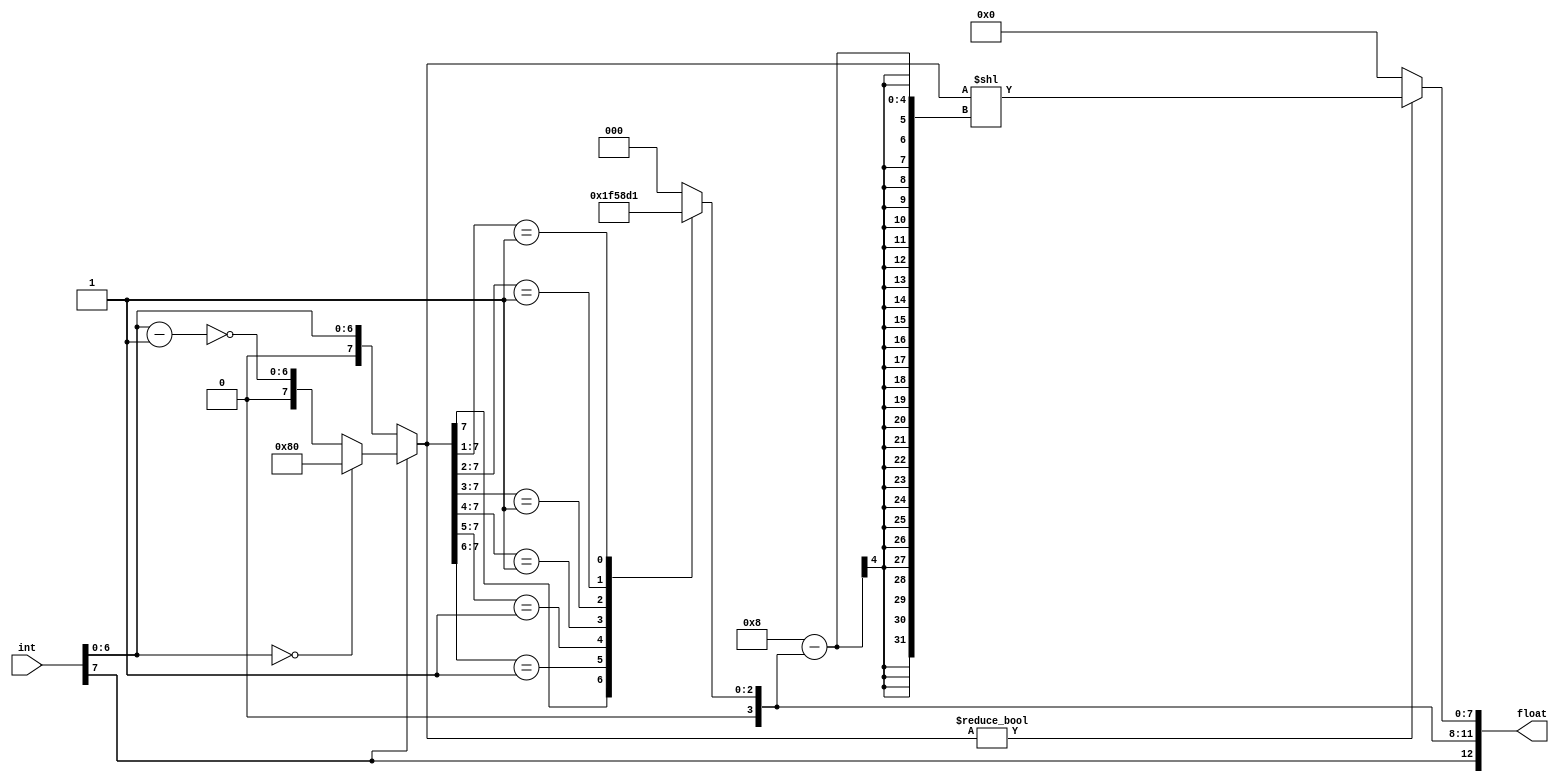
module int_to_float(
    input [7:0] int,          //8 bit signed integer
    output reg [12:0] float   //13 bit floating point number
    );
    
    reg [7:0] int_mag; //magnitude of int, exludes sign that is MSB
    
    reg [3:0] significant_bit; //bit location of most significant 1 in int
    
    always @*
    begin
        float[12] = int[7]; //assign sign bit to MSB
        
        //find magnitude of integer by converting from 2's complement if negative
        if(int[7]) //if integer is negative, convert from 2's complement
            begin
                if(int[6:0] == 0) //if -128, set mag to 128 with 8th bit
                    int_mag = 8'b10000000;
                else              //otherwise, subtract by 1 bit and invert from 2's complement
                    int_mag = {0, ~(int[6:0] - 1'b1)};
            end
        else       //if integer is positive, can assign magnitude directly
            int_mag = {0, int[6:0]};
        
        //case statement to find most significant 1 bit, to shift for exponential
        casex(int_mag[7:0])
                8'b1???????: significant_bit = 4'b0111; //7
                8'b01??????: significant_bit = 4'b0110; //6
                8'b001?????: significant_bit = 4'b0101; //5
                8'b0001????: significant_bit = 4'b0100; //4
                8'b00001???: significant_bit = 4'b0011; //3
                8'b000001??: significant_bit = 4'b0010; //2
                8'b0000001?: significant_bit = 4'b0001; //1
                8'b00000001: significant_bit = 4'b0000; //0
                default: significant_bit = 4'b0000; //no significant bit found, default value set to 0 for exponential set
        endcase
        
        //assign exponent portion of floating point 
        float[11:8] = significant_bit;
        
        //assign mantissa point of floating output
        if(int_mag != 0) //if magnitude was not 0, shift bits appropriately based on MSB 1 location
            float[7:0] = int_mag << (8 - significant_bit);
        else             //if magnitude was 0, set mantissa to 0
            float[7:0] = 8'b00000000;
    end
    
endmodule